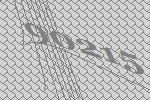
90215